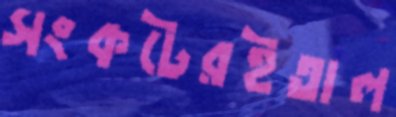
সংকটেরইতাল